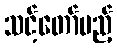
သင့်တော်မည့်